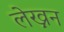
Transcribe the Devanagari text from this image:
लेख्नन